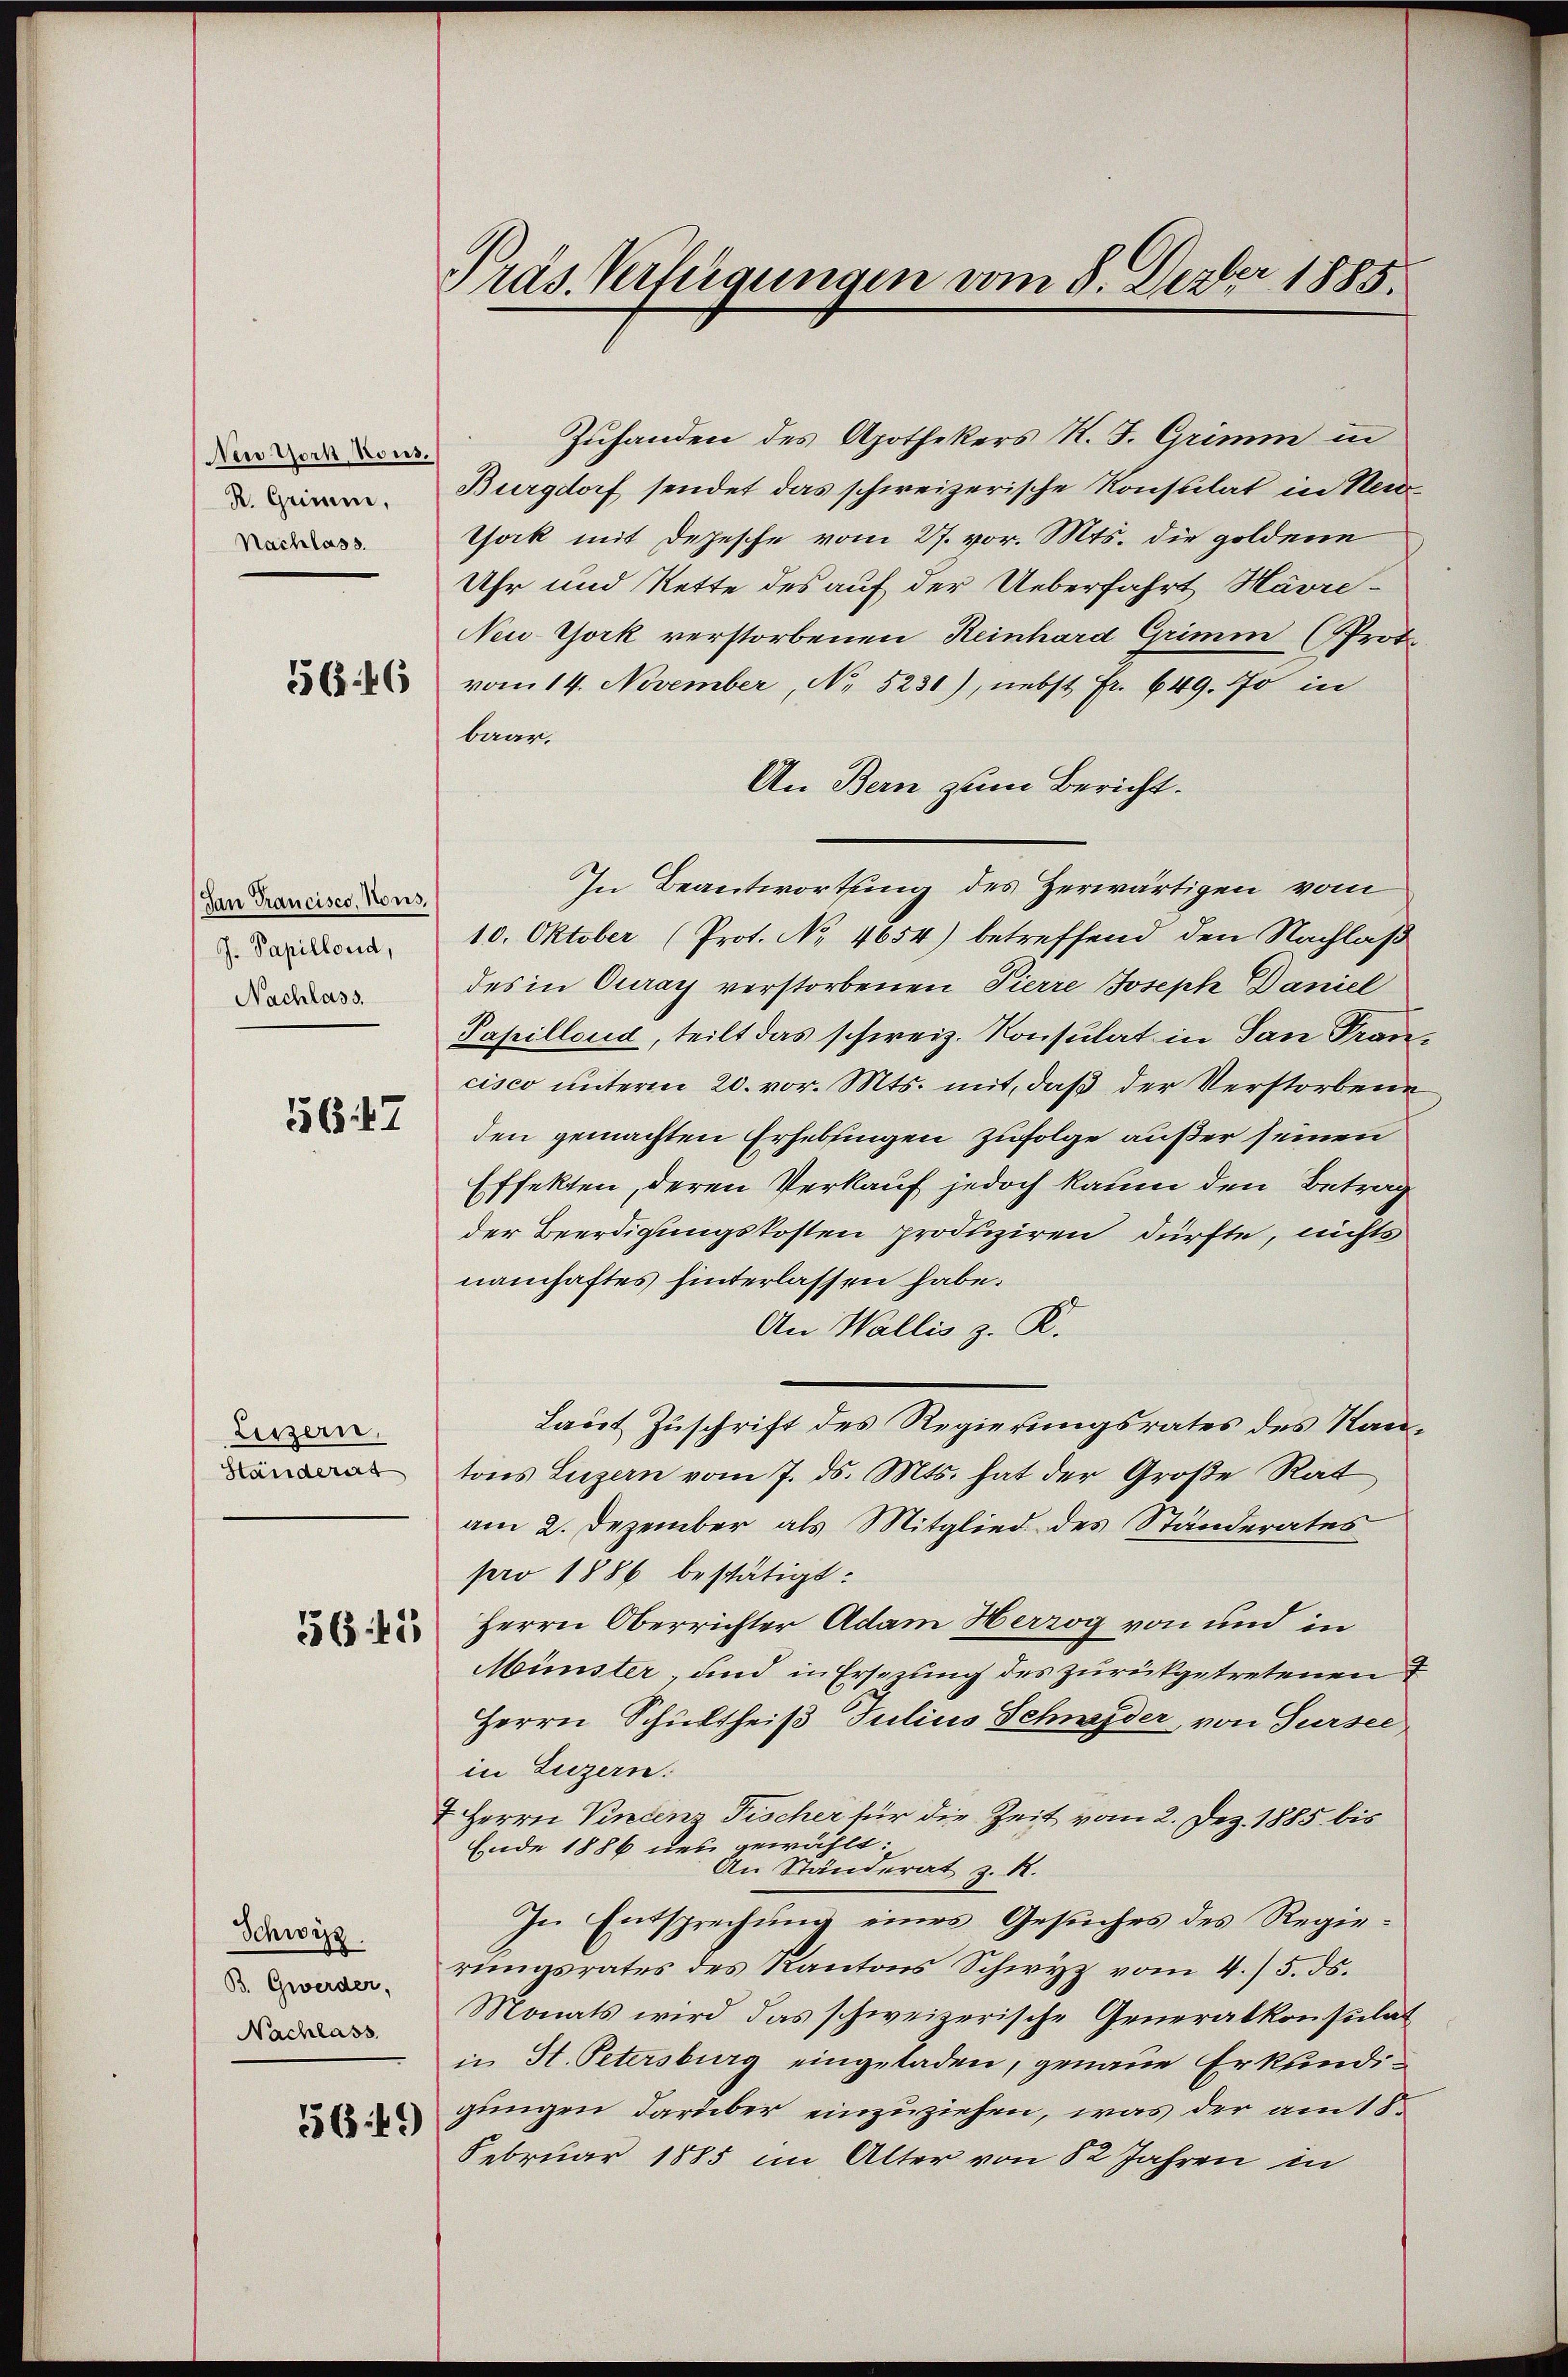
New York, Kons.
R. Grimm,
Nachlass.

556. 46

San Francisco, Nous,
J. Papillond,
Nachlass.

56. 47

Leszern,
Ständerat

56. 45

Schwizz
B. Gwerder,
Nachlass

56:49)

Präs. Verfügungen vom 8. Dezbr 1885.

Zuhanden des Apothekers R. J. Grimm in
Burgdorf sendet das schweizerische Konsulat in Neuthock mit Depesche vom 27. vor. Mts. die goldene
Uhr und Rette des auf der Ueberfahrt Havre¬
New York verstorbenen Reinhard Grimm (Prot.
vom 14. November, No 5230), nebst Fr. 649. fo in
baar.
An Bern zum Bericht.
In Beantwortung des Zerwärtigen vom
10. Oktober (Prot. No 4654) betreffend den Nachlaß
des in Curay verstorbenen Pierre Joseph Daniel
Papillend, teilt das schweiz. Konsulat in San Francisco unterm 20. vor. Mts. mit, daß der Verstorbene
den gemachten Erheblingen zufolge außer seinen
Effekten, deren Verkauf jedoch kaum den Betrag
der Beerdigungskosten produziren dürfte, nichts
namhaftes hinterlassen habe.
An Wallis z. R.
Laut Zuschrift des Regierungsrates des Kantons Luzern vom 7. ds. Mts. hat der Große Rat
am 2. Dezember als Mitglied des Ständerates
pro 1886 bestätigt:
Herrn Oberrichter Adam Herzog von und in
Münster, und in Ersezung des zurückgetretenen T
Herrn Schultheiß Julius Schneider, von Sursee
in Luzern:
1 Herrn Vincenz Fischer für die Zeit vom 2. Dez. 1885 bis
Ende 1886 neu gewählt:
An Ständerat z. B.
In Entsprechung eines Gesuches des Regierŭngsrates des Kantons Schwyz vom 4. 5. ds.
Monats wird das schweizerische Generalkonsulat
in H. Petersburg eingeladen, genaue Erkundigungen darüber einzuziehen, was der am 18.
Februar 1885 im Alter von 82 Jahren in